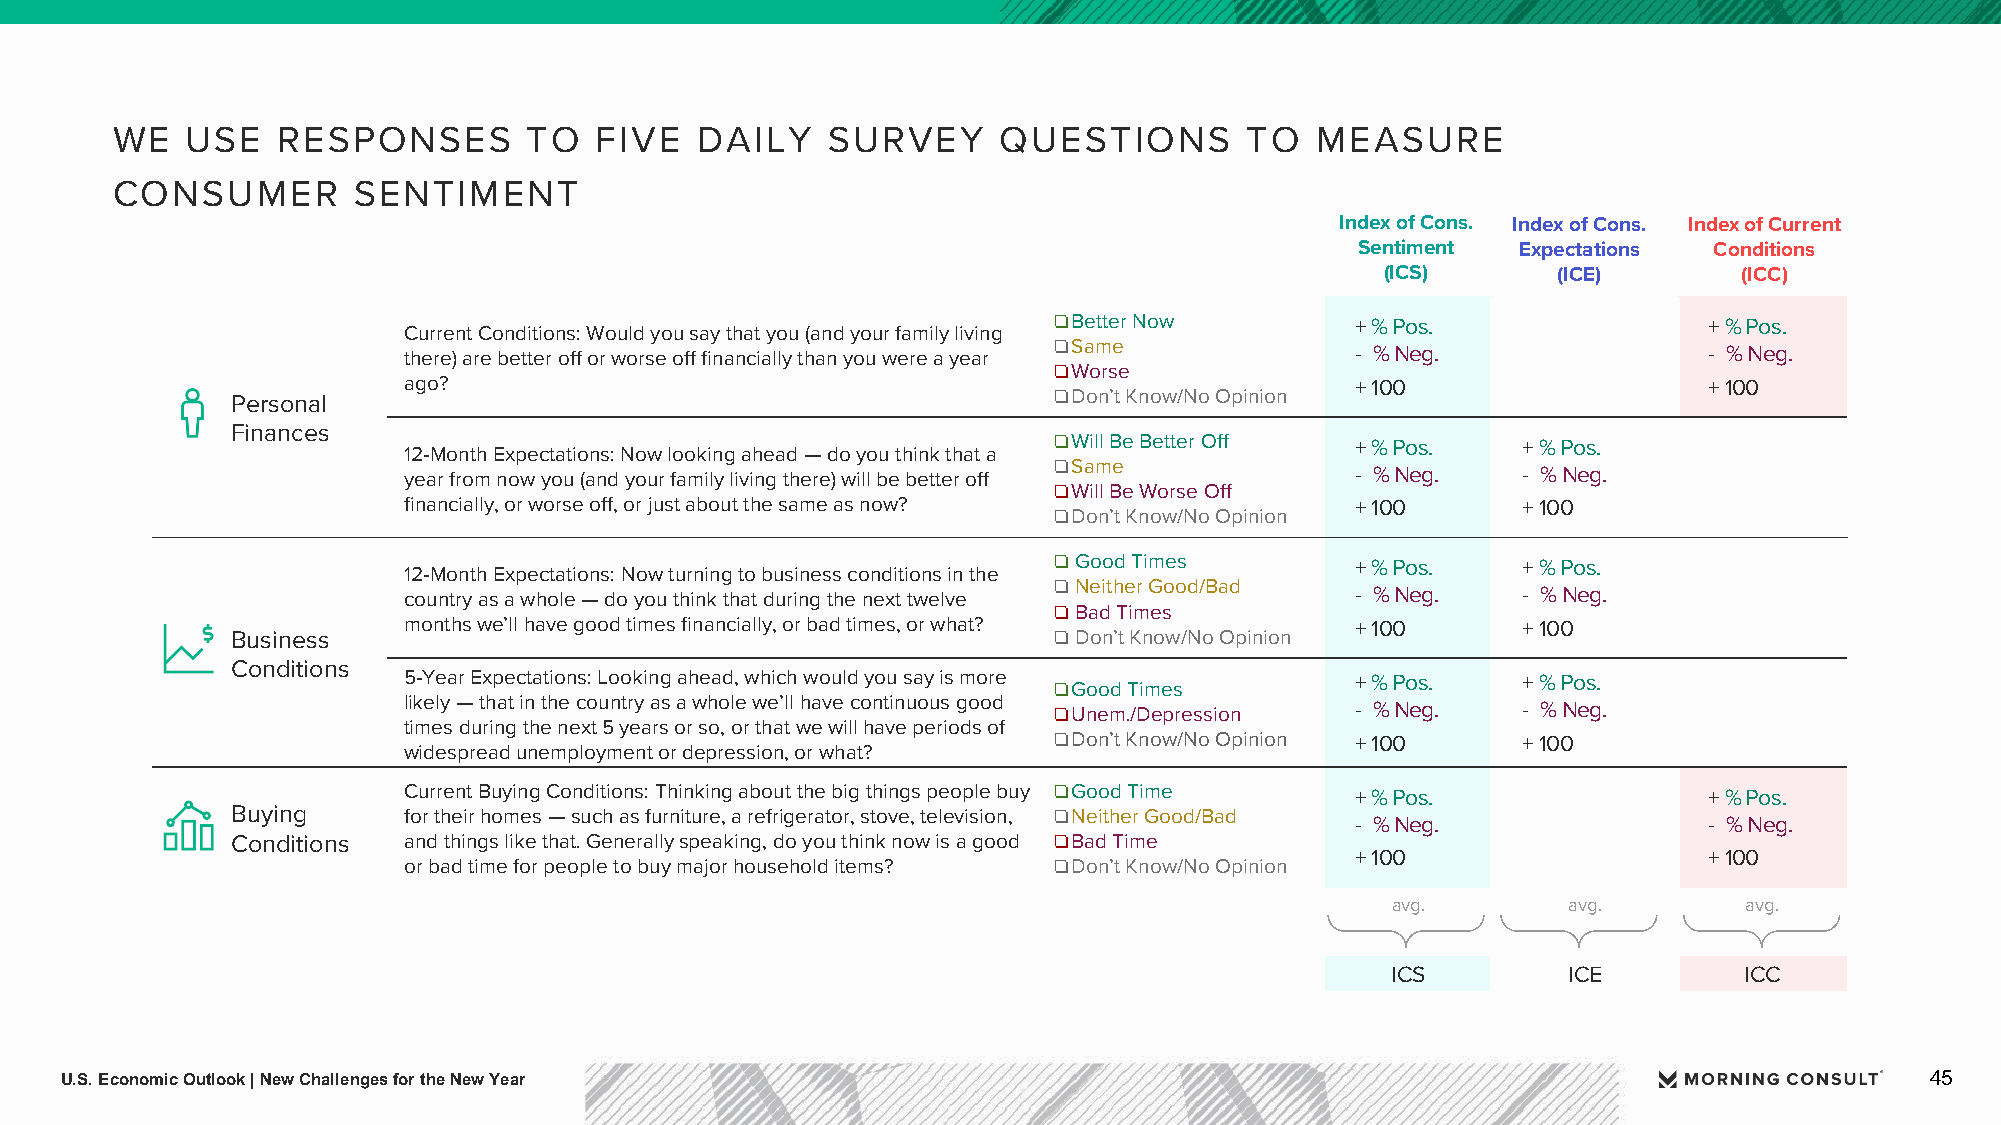
WE   USE   RESPONSES        TO  FIVE   DAILY    SURVEY     QUESTIONS        TO  MEASURE
 CONSUMER        SENTIMENT
 Index of Cons. Index of Cons. Index of Current
 Sentiment Expectations Conditions
 (ICS)      (ICE)       (ICC)
 ❏Better Now         +% Pos.                +% Pos.
 Current Conditions: Would you say that you (and your family living
 ❏Same
 there) are better off or worse off financially than you were a year - % Neg.          - % Neg.
 ❏Worse
 ago?                                                           + 100                  + 100
 Personal
 ❏Don’t Know/No Opinion
 Finances
 ❏Will Be Better Off +% Pos.    +% Pos.
 12-Month Expectations: Now looking ahead —do you think that a
 ❏Same
 year from now you (and your family living there) will be better off - % Neg. - % Neg.
 ❏Will Be Worse Off
 financially, or worse off, or just about the same as now?      + 100      + 100
 ❏Don’t Know/No Opinion
 ❏Good Times         +% Pos.    +% Pos.
 12-Month Expectations: Now turning to business conditions in the
 ❏Neither Good/Bad
 country as a whole —do you think that during the next twelve   - % Neg.   - % Neg.
 ❏Bad Times
 months we’ll have good times financially, or bad times, or what? + 100    + 100
 Business                                               ❏Don’t Know/No Opinion
 Conditions
 5-Year Expectations: Looking ahead, which would you say is more +% Pos.   +% Pos.
 ❏Good Times
 likely —that in the country as a whole we’ll have continuous good
 ❏Unem./Depression   - % Neg.   - % Neg.
 times during the next 5 years or so, or that we will have periods of
 ❏Don’t Know/No Opinion + 100   + 100
 widespread unemployment or depression, or what?
 Current Buying Conditions: Thinking about the big things people buy ❏Good Time +% Pos. +% Pos.
 Buying      for their homes —such as furniture, a refrigerator, stove, television, ❏Neither Good/Bad
 - % Neg.               - % Neg.
 Conditions  and things like that. Generally speaking, do you think now is a good ❏Bad Time
 + 100                  + 100
 or bad time for people to buy major household items? ❏Don’t Know/No Opinion
 avg.        avg.       avg.
 ICS         ICE        ICC
 U.S. Economic Outlook | New Challenges for the New Year                                                                     45